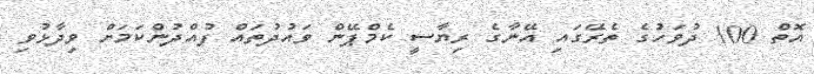
އޮތް 100 ދުވަހުގެ ތެރޭގައި އޭނާގެ ރިޔާސީ ކެމްޕޭން ވައުދުތައް ފުއްދުންކަމަށް ވިދާޅުވި